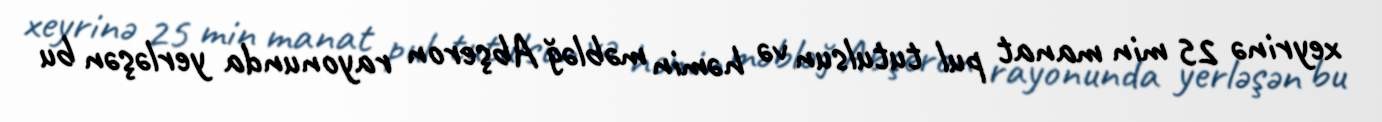
xeyrinə 25 min manat pul tutulsun və həmin məbləğ Abşeron rayonunda yerləşən bu